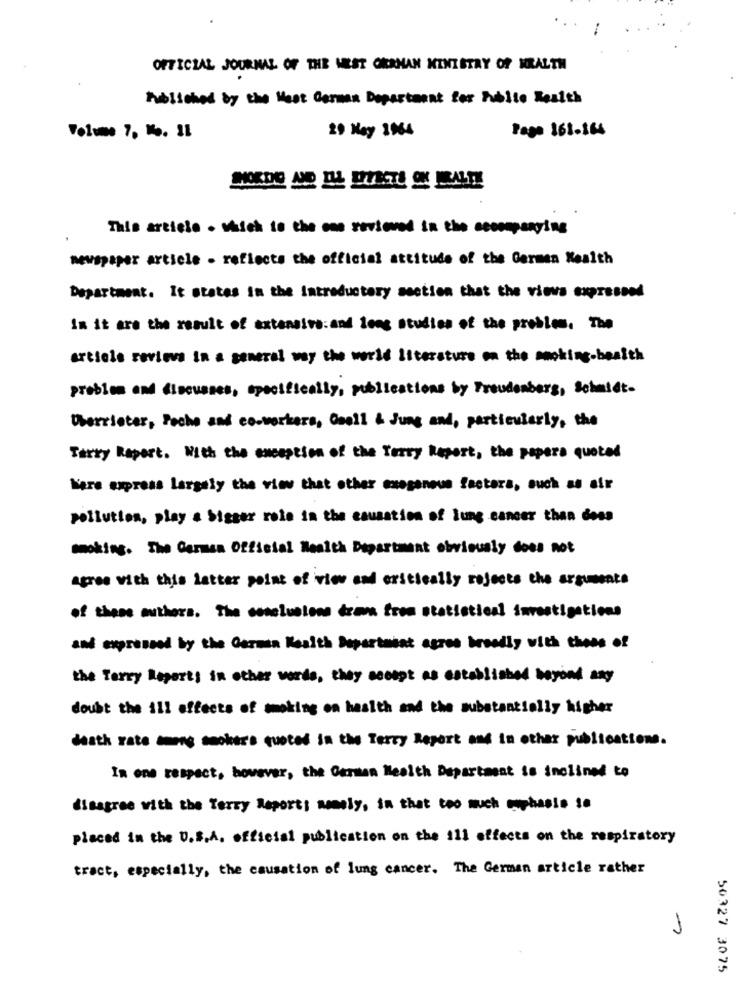
OFFICIAL JOURNAL OF THE WEST GERMAN MINISTRY OF HEALTH
hallohed by the West German Department for Publto Wealth
29 May 1964
Page 161.164
Volume 7, 1. IL
This article . Which to the one reviewed in the secompanying
newspaper article - reflects the official attitude of the Germen Health
Department. It states in the Introductory section that the views expressed
In it are the result of extensive:and long studies of the problem. The
article reviews in a general way the world literature on the smoking-health
problem and discusses, specifically, publications by Freudenberg, Schmidt-
Uberrister, Poche and co-workers, Cooll & Jung and, particularly, the
Terry Raport. With the encaption of the Terry Report, the papers quoted
Mars express largely the view that other exogenous factors, such as air
pollution, play a bigger role in the causation of lung cancer than doss
smoking. The Carmen Official Health Department obviously does not
Agree with this latter point of view and critically rejects the arguments
of these authors. The conclusions drawn from statistical investigations
and expressed by the German Health Department agres broadly with those of
the Terry Report; in other words, they accept as established beyond any
doubt the ill effects of smoking on health and the substantially higher
death rate among smokers quoted in the Terry Report and in other publications.
In one respect, however, the Carmen Health Department is inclined to
disagree with the Terry Reports amely, in that too much enphasis 1e
placed in the U.S.A. official publication on the 111 effects on the respiratory
tract, especially, the causation of lung cancer. The German article rather
1
50327 3075